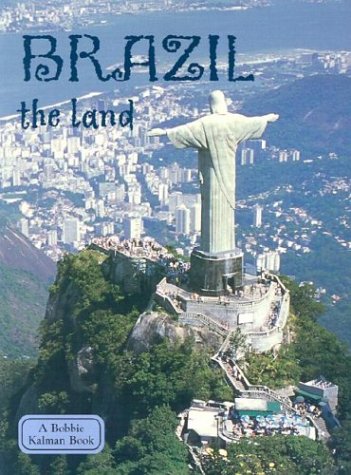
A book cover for Brazil: The Land (Lands, Peoples, and Cultures); Malika Hollander; Children's Books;